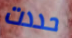
حددت